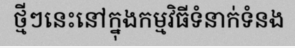
ថ្មីៗនេះនៅក្នុងកម្មវិធីទំនាក់ទំនង